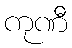
ကုဏီ